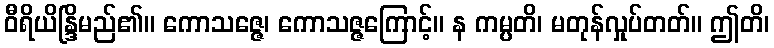
ဝီရိယိန္ဒြိမည်၏။ ကောသဇ္ဇေ၊ ကောသဇ္ဇကြောင့်။ န ကမ္ပတိ၊ မတုန်လှုပ်တတ်။ ဤတိ၊